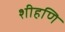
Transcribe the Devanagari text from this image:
शीहणि